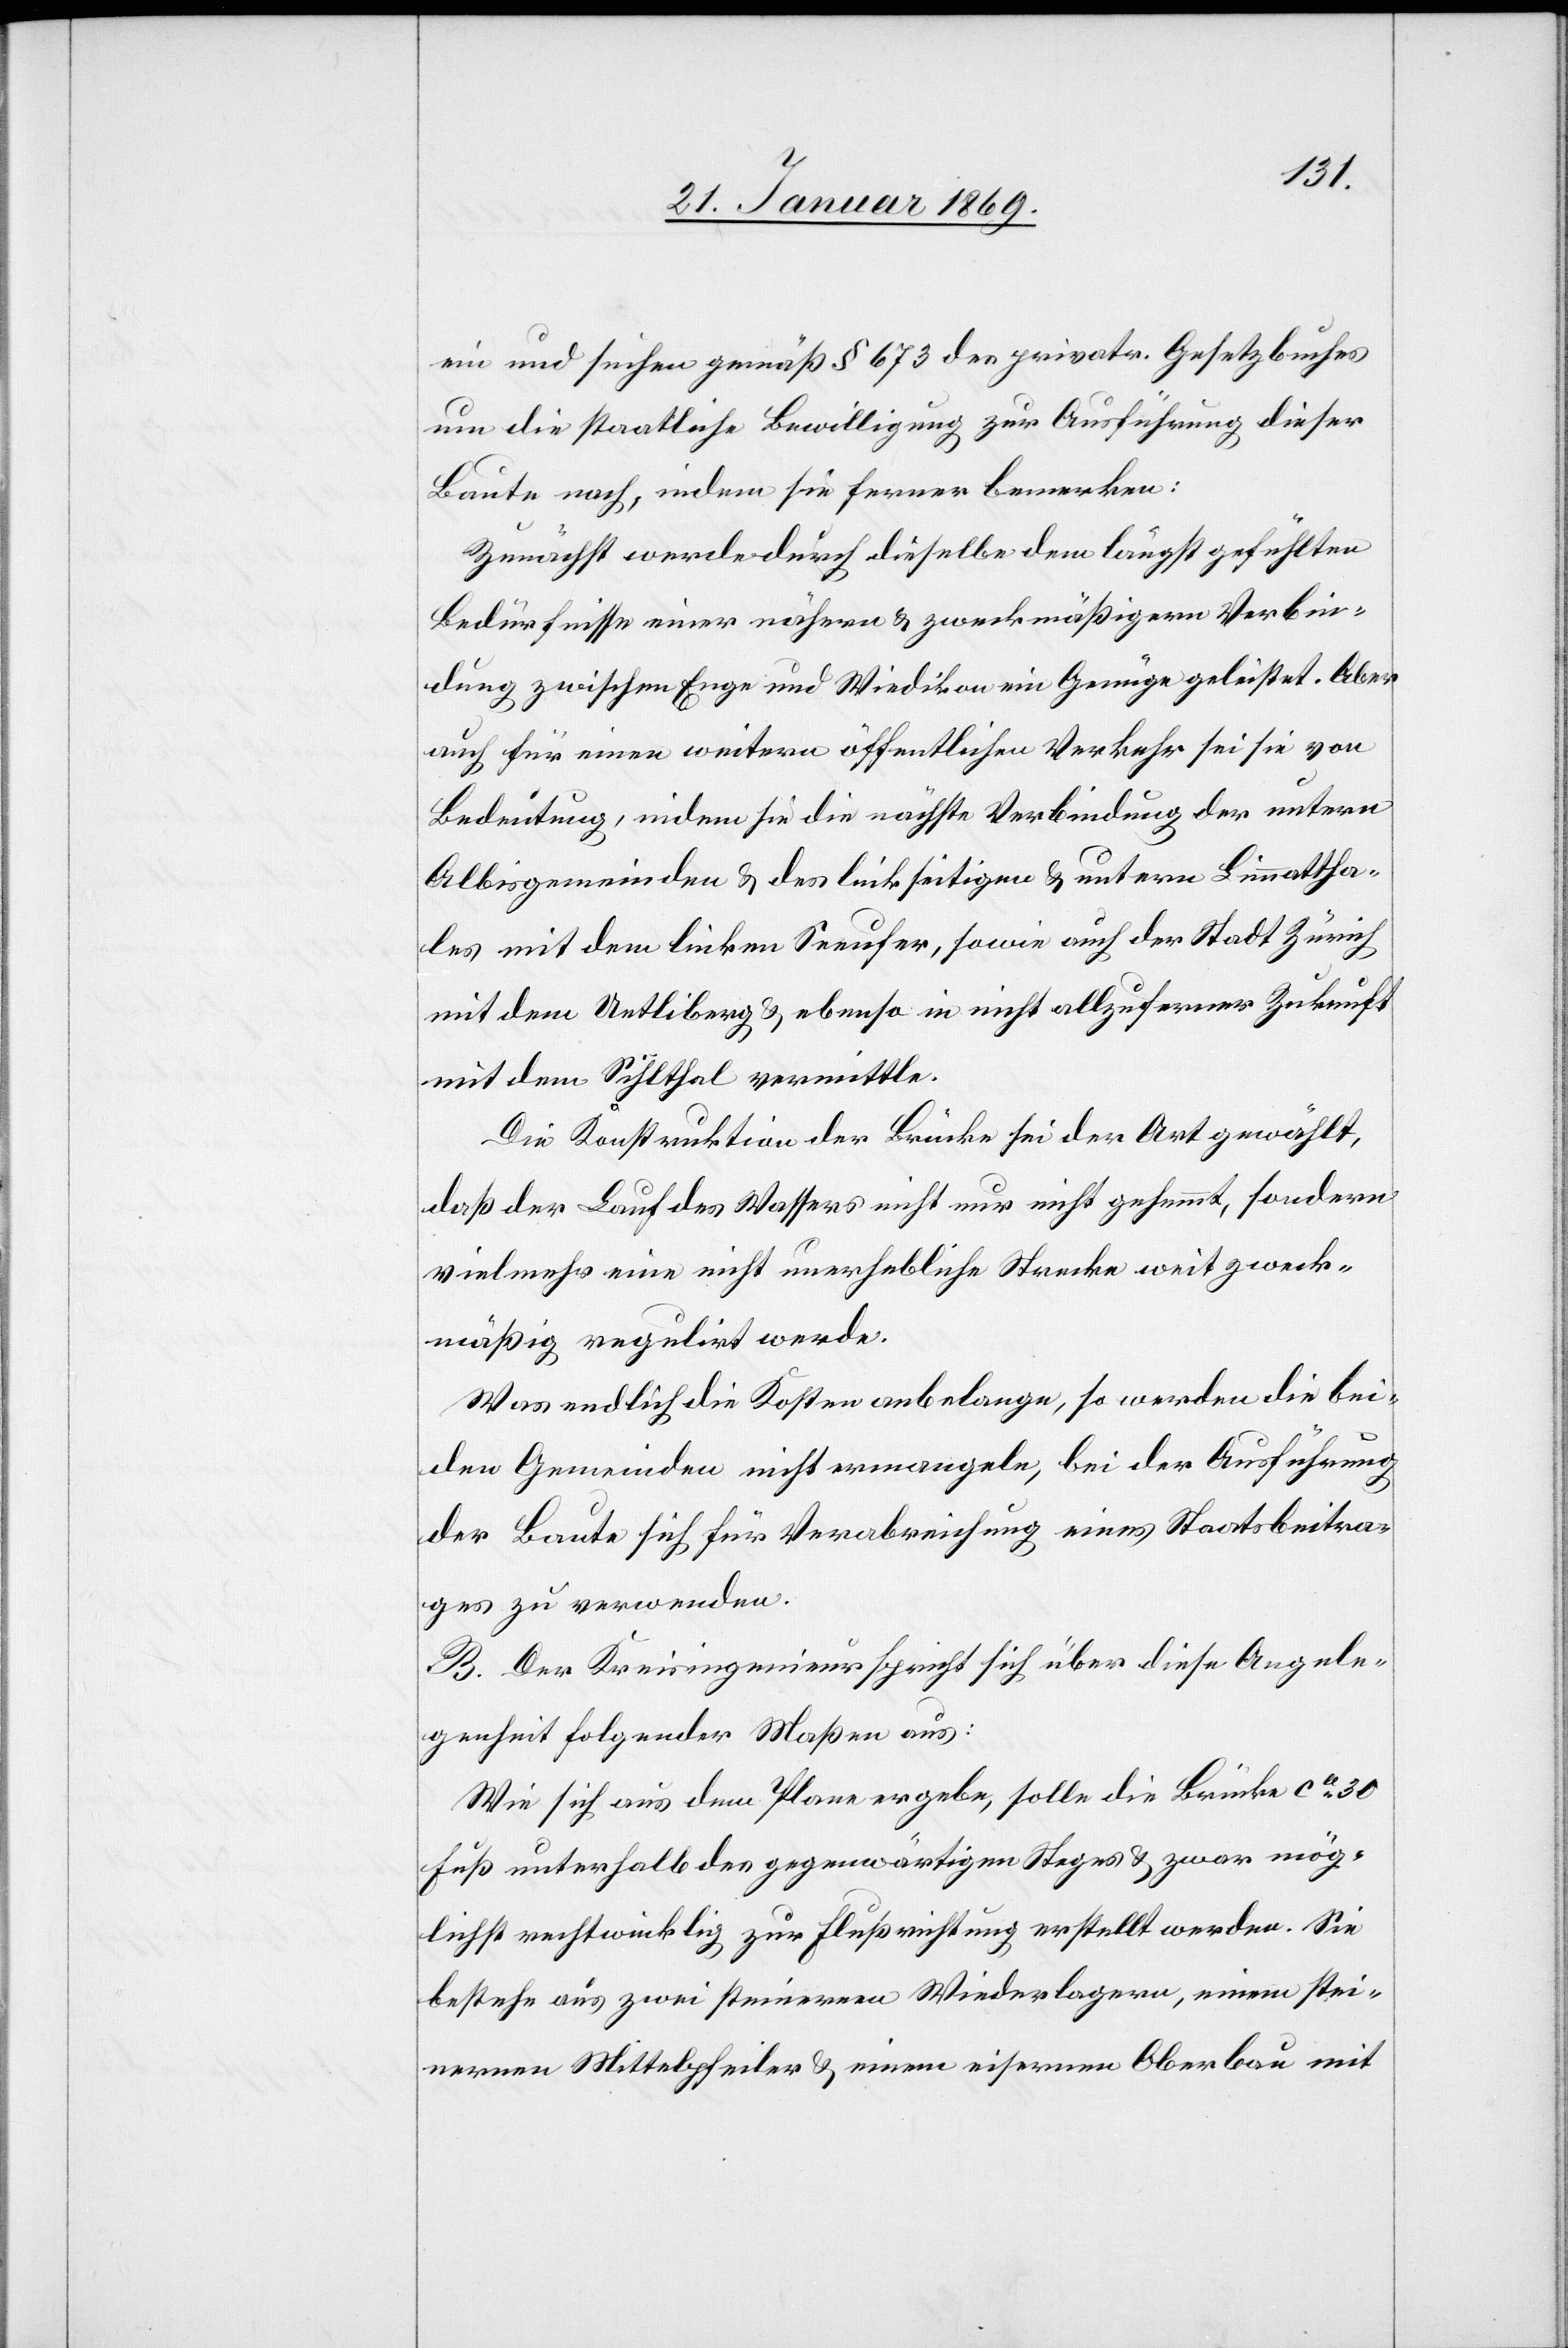
ein und suchen gemäß § 673 des privatr. Gesetzesbuches
um die staatliche Bewilligung zur Ausführung dieser
Baute nach, indem sie ferner bemerken:
Zunächst werde durch dieselbe dem längst gefühlten
Bedürfnisse einer nähern & zweckmäßigern Verbin¬
dung zwischen Enge und Wiedikon ein Genüge geleistet. Aber
auch für einen weitern öffentlichen Verkehr sei sie von
Bedeutung, indem sie die nächste Verbindung der untern
Albisgemeinden & des linkseitigen & untern Limmattha¬
les mit dem linken Seeufer, sowie auch der Stadt Zürich
mit dem Uetliberg & ebenso in nicht allzuferner Zukunft
mit dem Sihlthal vermittle.
Die Konstruktion der Brücke sei der Art gewählt,
daß der Lauf des Wassers nicht nur nicht gehemmt, sondern
vielmehr eine nicht unerhebliche Strecke weit zweck¬
mäßig regulirt werde.
Was endlich die Kosten anbelange, so werden die bei¬
den Gemeinden nicht ermangeln, bei der Ausführung
der Baute sich für Verabreichung eines Staatsbeitra¬
ges zu verwenden.
B. Der Kreisingenieur spricht sich über diese Angele¬
genheit folgender Maßen aus:
Wie sich aus dem Plane ergebe, solle die Brücke ca 30
Fuß unterhalb des gegenwärtigen Steges & zwar mög¬
lichst rechtwinklig zur Flußrichtung erstellt werden. Sie
bestehe aus zwei steinernen Wiederlagern [sic!], einem stei¬
nernen Mittelpfeiler & einem eisernen Oberbau mit